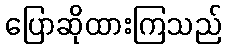
ပြောဆိုထားကြသည်